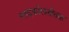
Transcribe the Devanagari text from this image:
ग्लाइकॉलशीतक